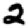
Digit: 2